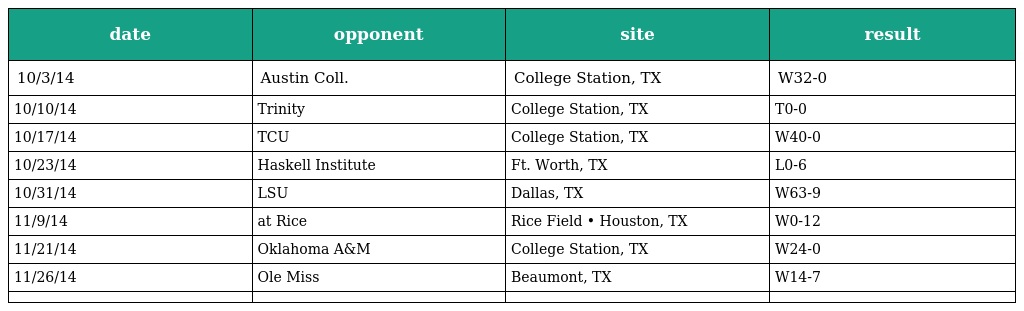
| date | opponent | site | result |
 | --- | --- | --- | --- |
 | 10/3/14 | Austin Coll. | College Station, TX | W32-0 |
 | 10/10/14 | Trinity | College Station, TX | T0-0 |
 | 10/17/14 | TCU | College Station, TX | W40-0 |
 | 10/23/14 | Haskell Institute | Ft. Worth, TX | L0-6 |
 | 10/31/14 | LSU | Dallas, TX | W63-9 |
 | 11/9/14 | at Rice | Rice Field • Houston, TX | W0-12 |
 | 11/21/14 | Oklahoma A&M | College Station, TX | W24-0 |
 | 11/26/14 | Ole Miss | Beaumont, TX | W14-7 |
 |  |  |  |  |